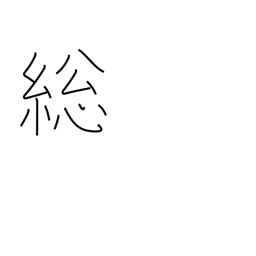
Meaning: full